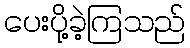
ပေးပို့ခဲ့ကြသည်